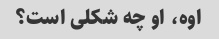
اوه، او چه شکلی است؟